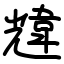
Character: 韑